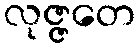
လုဇ္ဇတေ